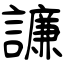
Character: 譧